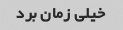
خیلی زمان برد